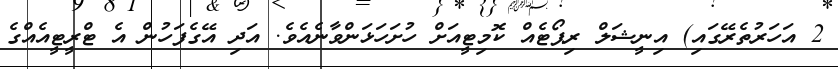
2 އަހަރުތެރޭގައި) އިނީޝަލް ރިޕޯޓެއް ކޮމިޓީއަށް ހުށަހަޅަންވާނެއެވެ. އަދި އޭގެފަހުން އެ ޓްރީޓީއެއްގެ